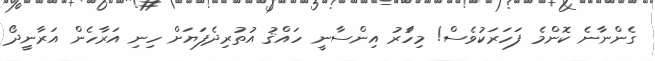
ގެންނާނެ ކޮންމެ ފަހަރަކުވެސް! މިހާުެރު އިންސާނީ ހައްޤު އުތުރިދެފަޔަށް ހިނި އަރާހެން އަރާނީދޯ